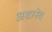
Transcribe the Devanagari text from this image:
अशानेच